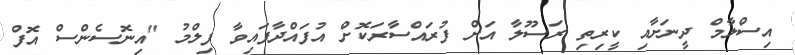
އިސްލާމް ދީނަށާއި ކީރިތި ރަސޫލާ އަށް ފުރައްސާރަކޮށް އުފައްދާފައިވާ ފިލްމު "އިނޮސެންސް އޮފް